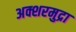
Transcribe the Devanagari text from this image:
अक्शरमुद्रा